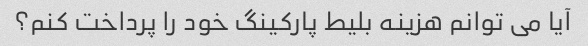
آیا می توانم هزینه بلیط پارکینگ خود را پرداخت کنم؟